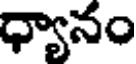
ధ్యానం